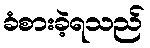
ခံစားခဲ့ရသည်